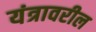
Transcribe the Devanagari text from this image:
यंत्रावरील